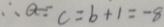
\therefore a = c = b + 1 = - 8